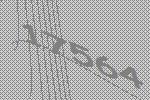
17564